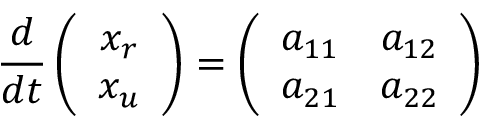
\frac { d } { d t } \left( \begin{array} { c } { x _ { r } } \\ { x _ { u } } \end{array} \right) = \left( \begin{array} { c c } { a _ { 1 1 } } & { a _ { 1 2 } } \\ { a _ { 2 1 } } & { a _ { 2 2 } } \end{array} \right)